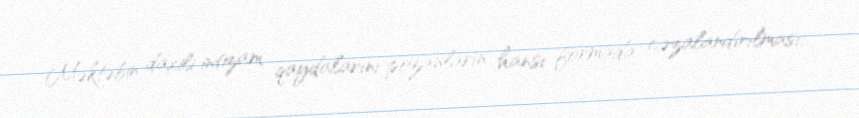
Məktəbin daxili intizam qaydalarını pozanların hansı formada cəzalandırılması,